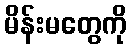
မိန်းမတွေကို